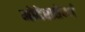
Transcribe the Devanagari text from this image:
मोदेरातेर्ना